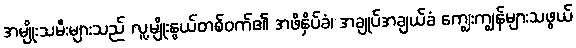
အမျိုးသမီးများသည် လူ့မျိုးနွယ်တစ်ဝက်၏ အဖိနှိပ်ခံ၊ အချုပ်အချယ်ခံ ကျွေးကျွန်များသဖွယ်